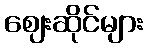
ဈေးဆိုင်များ